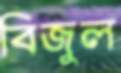
বিজুল